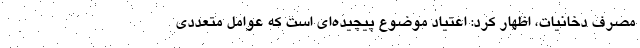
مصرف دخانیات، اظهار کرد: اعتیاد موضوع پیچیده‌ای است که عوامل متعددی